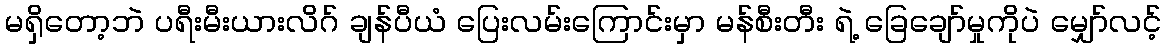
မရှိတော့ဘဲ ပရီးမီးယားလိဂ် ချန်ပီယံ ပြေးလမ်းကြောင်းမှာ မန်စီးတီး ရဲ့ ခြေချော်မှုကိုပဲ မျှော်လင့်